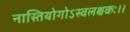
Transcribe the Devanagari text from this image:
नास्तियोगोऽस्वलक्षकः।।